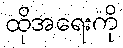
ထိုအရေးကို